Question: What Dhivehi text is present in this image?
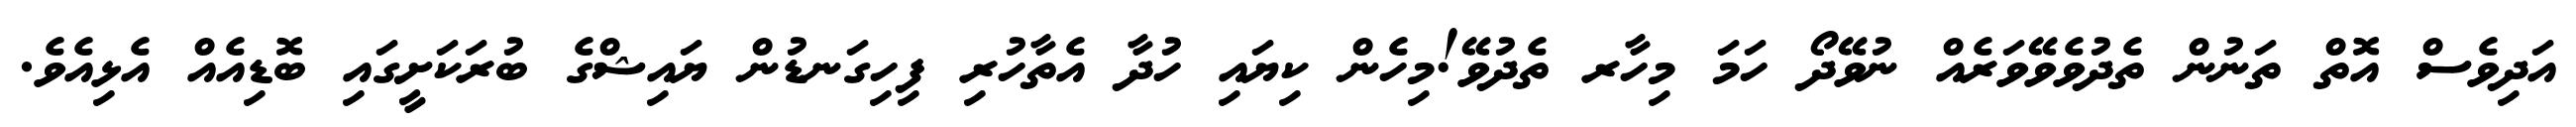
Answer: އަދިވެސް އޮތް ތަނުން ތެދުވެވޭވަރެއް ނުވޭދޯ ހަމަ މިހާރ ތެދުވޭ!މިހެން ކިޔައި ހުދާ އެތާހުރި ފިހިގަނޑުން ޔައިޝްގެ ބުރަކަށީގައި ބޮޑިއެއް އެޅިއެވެ.